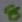
Text: 8